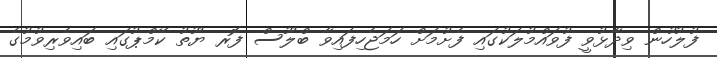
ފުލުހުން ވިދާޅުވީ ފުވައްމުލަކުގައި ފެށުމަށް ހަމަޖެހިފައިވާ ބްލޫސް ފޮރ ޔޫތު ކޭމްޕުގައި ބައިވެރިވުމުގެ